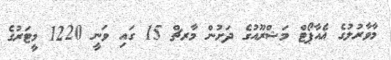
މާވާރުލުގެ އެއާޕޯޓް މަޝްރޫއުގެ ދަށުން މާރޗް 15 ގައި ވަނީ 1220 މީޓަރުގެ